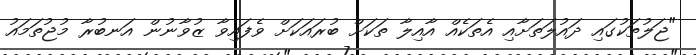
"ޖަލުތަކުގައި ދައުލަތަށާއި އެތަކެއް އާއިލާ ތަކަށް ބުރައަކަށް ވެފައިވާ ޒުވާނުން އަނބުރާ މުޖުތަމައު